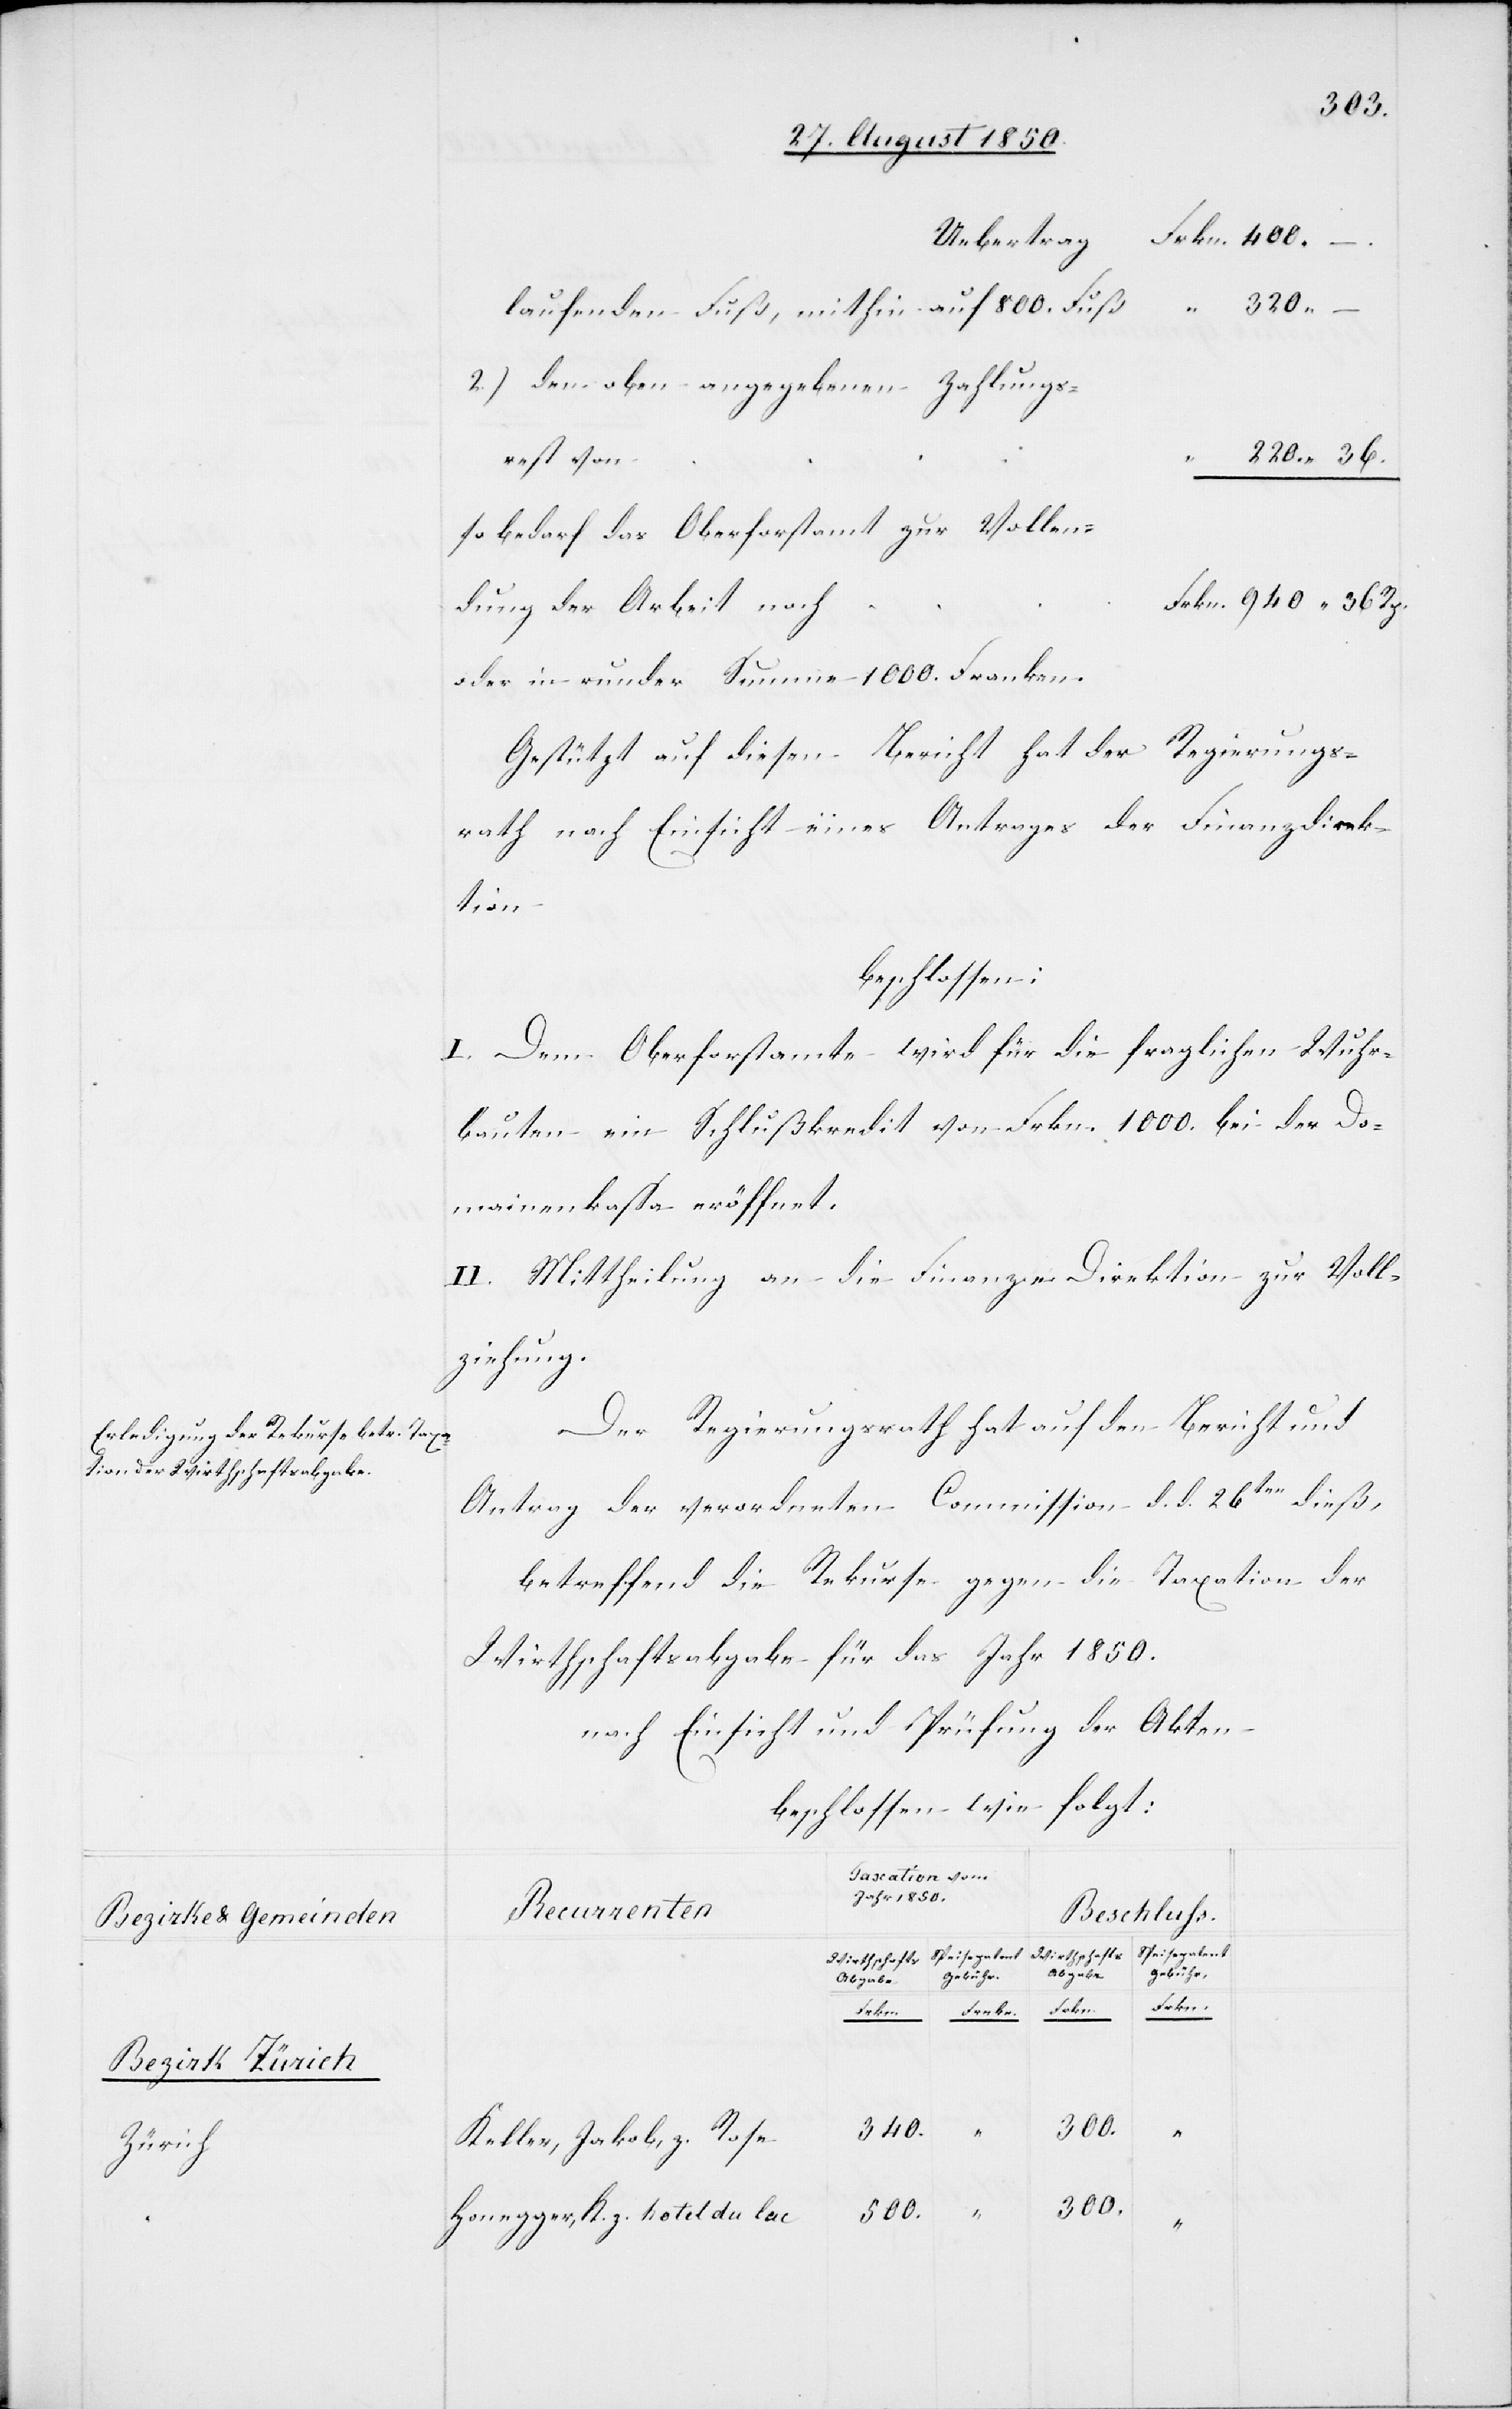
Bezirke & Gemeinden
Bezirk Zürich
Zürich

–
laufenden Fuß, mithin auf 800.
2.) den oben angegebenen Zahlungs¬
220. 36.
so bedarf das Oberforstamt zur Vollen¬
rkn. 940. 36. Rp.
dung der Arbeit noc¬
Gestützt auf diesen Bericht hat der Regierungs¬
rath nach Einsicht eines Antrages der Finanzdirek¬
tion
beschlossen:
I. Dem Oberforstamte wird für die fraglichen Wuhr¬
bauten ein Schlußkredit von Frkn. 1000. bei der Do¬
mainenkassa eröffnet.
II. Mittheilung an die Finanz-Direktion zur Voll¬
ziehung.
Der Regierungsrath hat auf den Bericht und
Antrag der verordneten Commission d. d. 26ten dieß,
betreffend die Rekurse gegen die Taxation der
Wirthschaftsabgabe für das Jahr 1850.
nach Einsicht und Prüfung der Akten
beschlossen wie folgt:
Taxation vom
Jahr 1850.
Rekurrenten
Speisepatent
Gebühr
Abgabe
Frkn.
h		F¬
340.
Keller, Jakob, z. Rose
500.
300.
Honegger, K. z. hotel du lac